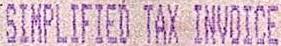
SIMPLIFIED TAX INVOICE